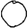
Digit: 0